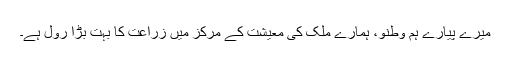
میرے پیارے ہم وطنو، ہمارے ملک کی معیشت کے مرکز میں زراعت کا بہت بڑا رول ہے۔